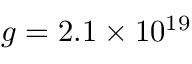
g = 2 . 1 \times 1 0 ^ { 1 9 }